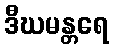
ဒီဃမန္တရေ